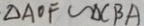
\Delta A O F \sim \Delta C B A